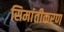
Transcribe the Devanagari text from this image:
सिमांतीकरण